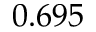
0 . 6 9 5